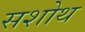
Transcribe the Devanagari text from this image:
सशोथ